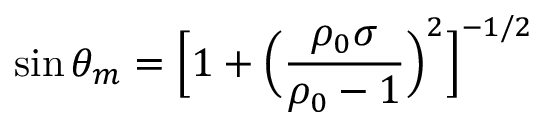
\sin \theta _ { m } = \Big [ 1 + \Big ( \frac { \rho _ { 0 } \sigma } { \rho _ { 0 } - 1 } \Big ) ^ { 2 } \Big ] ^ { - 1 / 2 }